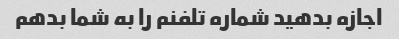
اجازه بدهید شماره تلفنم را به شما بدهم